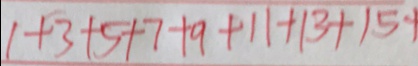
1 + 3 + 5 + 7 + 9 + 1 1 + 1 3 + 1 5 +